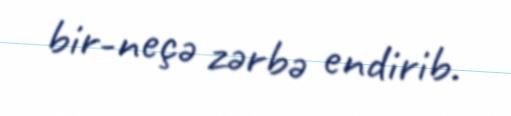
bir-neçə zərbə endirib.